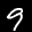
Label: 9